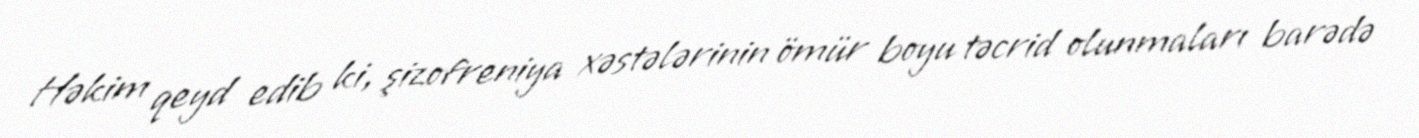
Həkim qeyd edib ki, şizofreniya xəstələrinin ömür boyu təcrid olunmaları barədə